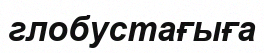
глобустағыға